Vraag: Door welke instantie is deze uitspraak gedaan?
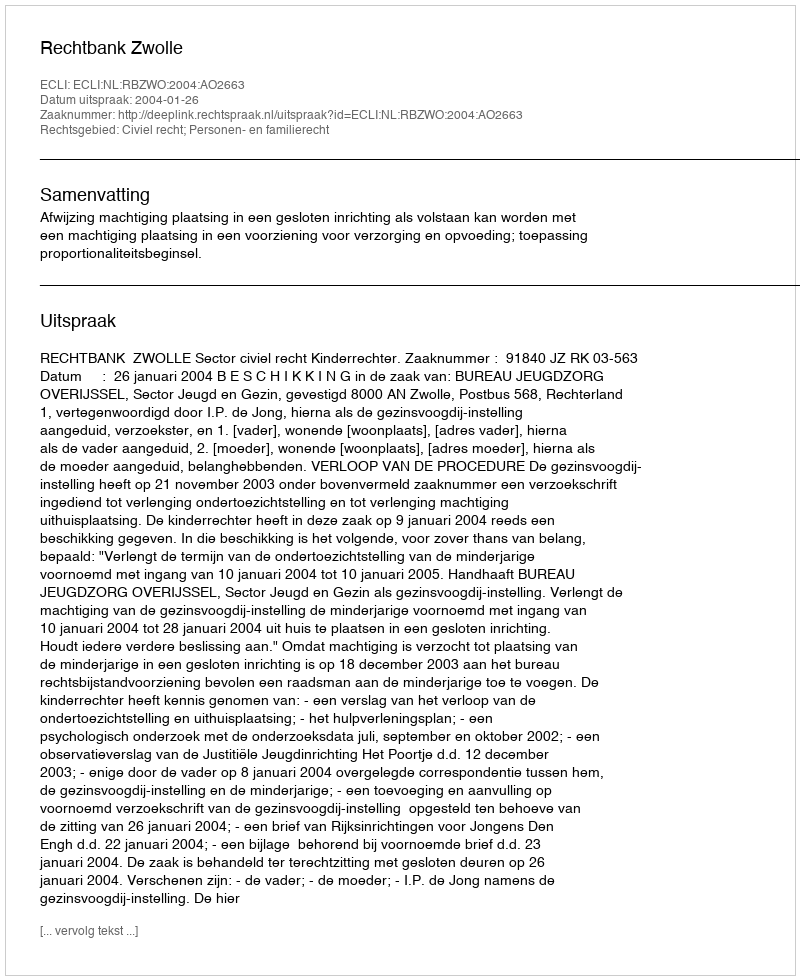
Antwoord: Rechtbank Zwolle